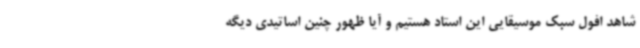
شاهد افول سبک موسیقایی این استاد هستیم و آیا ظهور چنین اساتیدی دیگه